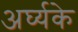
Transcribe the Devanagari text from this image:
अर्घ्यके